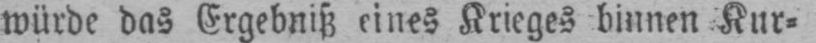
würde das Ergebniß eines Krieges binnen Kur⸗